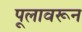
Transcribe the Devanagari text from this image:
पूलावरून